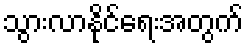
သွားလာနိုင်ရေးအတွက်